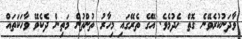
ވާދަނުކުރެވޭނެ ގޮތް ހެދުމެވެ. އޭގެ ތެރޭގައި މިހާރު ތުންތުން މަތިން ދެކެވޭ ވާހަކަތައް